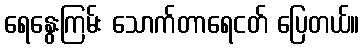
ရေနွေးကြမ်း သောက်တာရေငတ် ပြေတယ်။